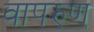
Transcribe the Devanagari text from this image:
वापरुण